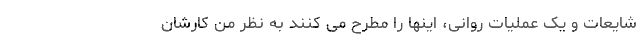
شایعات و یک عملیات روانی، اینها را مطرح می کنند به نظر من کارشان